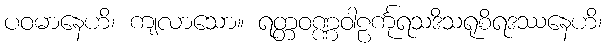
ပဝမာနေဟိ၊ ကျလာသော။ ရတ္တဝဏ္ဏဝါဠင်္ကုရသဒိသရုစိရဒဿနေဟိ၊